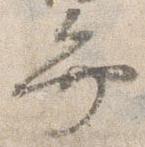
弁